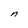
Character: n